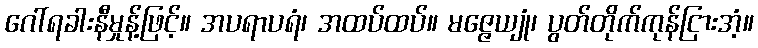
ဂေါ်ရခါးနီမှုန့်ဖြင့်။ အပရာပရံ၊ အထပ်ထပ်။ မဇ္ဇေယျုံ၊ ပွတ်တိုက်ကုန်ငြားအံ့။